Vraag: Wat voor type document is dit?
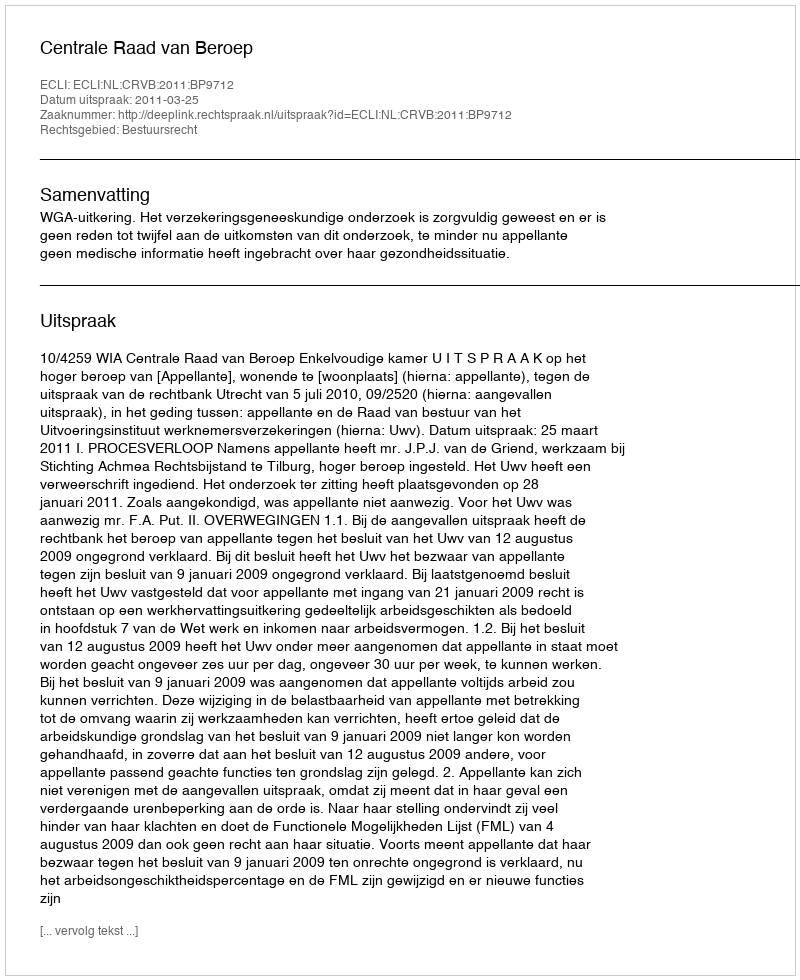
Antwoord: Uitspraak